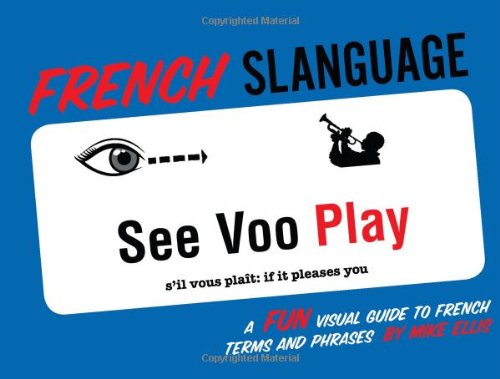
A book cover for French Slanguage: A Fun Visual Guide to French Terms and Phrases (English and French Edition); Mike Ellis; Reference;